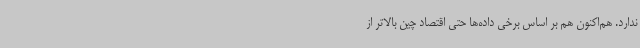
ندارد. هم‌اکنون هم بر اساس برخی داده‌ها حتی اقتصاد چین بالاتر از